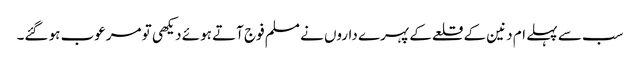
سب سے پہلے ام دنین کے قلعے کے پہرے داروں نے مسلم فوج آتے ہوئے دیکھی تو مرعوب ہو گئے۔